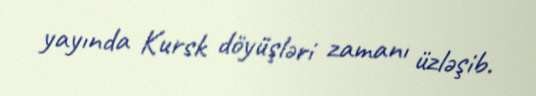
yayında Kursk döyüşləri zamanı üzləşib.